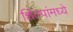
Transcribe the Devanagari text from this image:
शिल्पांमध्ये